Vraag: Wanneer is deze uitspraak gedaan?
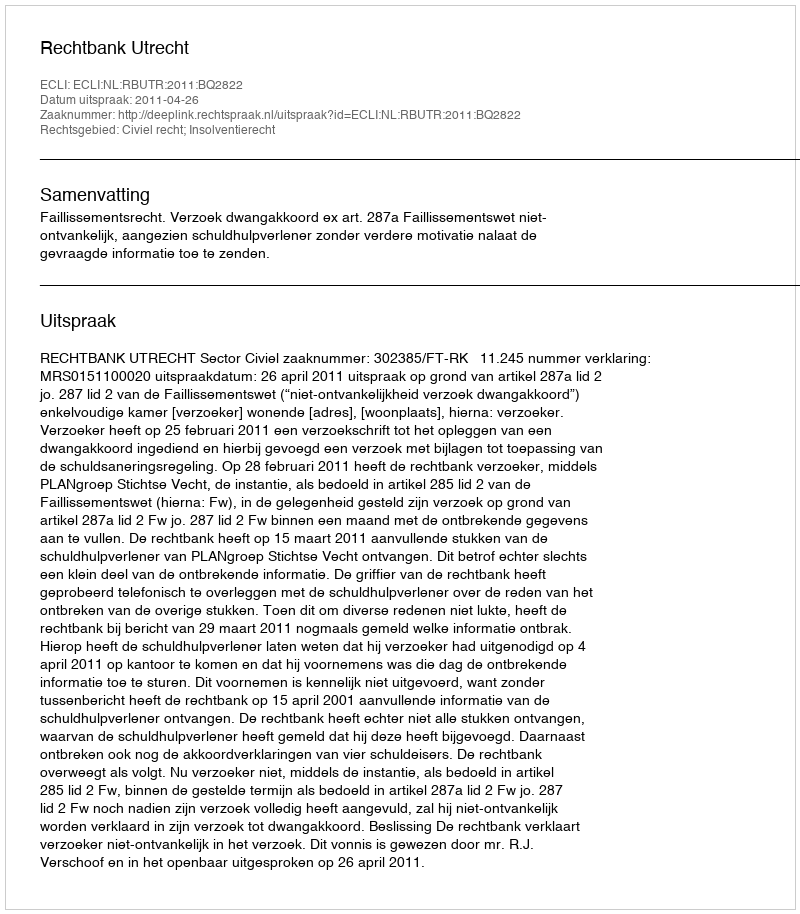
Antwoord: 2011-04-26